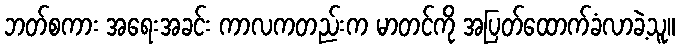
ဘတ်စကား အရေးအခင်း ကာလကတည်းက မာတင်ကို အပြတ်ထောက်ခံလာခဲ့သူ။